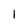
Character: 1